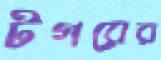
টগরের